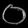
Digit: ၀